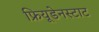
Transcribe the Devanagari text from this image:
फ्रियूडेनस्टाट